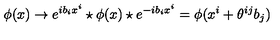
\phi ( x ) \rightarrow e ^ { i b _ { i } x ^ { i } } \star \phi ( x ) \star e ^ { - i b _ { i } x ^ { i } } = \phi ( x ^ { i } + \theta ^ { i j } b _ { j } )